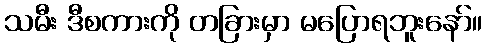
သမီး ဒီစကားကို တခြားမှာ မပြောရဘူးနော်။